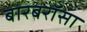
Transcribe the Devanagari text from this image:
बारबरॉसा